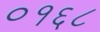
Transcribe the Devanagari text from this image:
०१६८